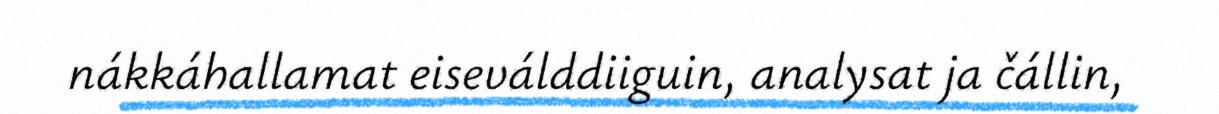
nákkáhallamat eiseválddiiguin, analysat ja čállin,